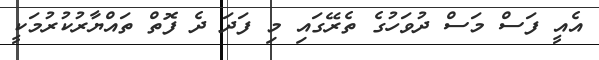
އެއީ ފަސް މަސް ދުވަހުގެ ތެރޭގައި މި ފަދަ ދެ ފޮތް ތައްޔާރުކުރުމަކީ